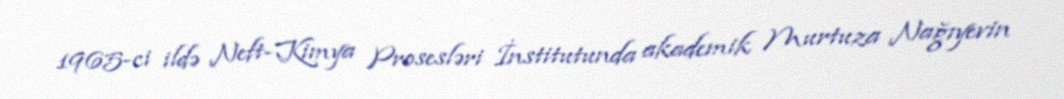
1965-ci ildə Neft-Kimya Prosesləri İnstitutunda akademik Murtuza Nağıyevin